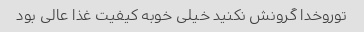
توروخدا گرونش نکنید خیلی خوبه کیفیت غذا عالی بود